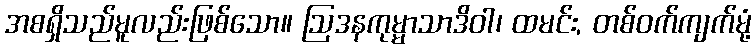
အစရှိသည်မူလည်းဖြစ်သော။ ဩဒနကုမ္မာသာဒိဝါ၊ ထမင်း, တစ်ဝက်ကျက်မုံ့